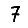
Digit: 7